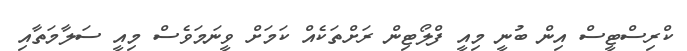
ކްރިސްޓީސް އިން ބުނީ މިއީ ފްލޯޓިން ރަށްތަކެއް ކަމަށް ވީނަމަވެސް މިއީ ސަލާމަތާއި